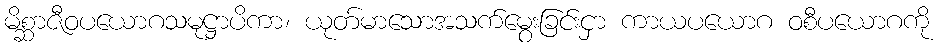
မိစ္ဆာဇီဝပယောဂသမုဋ္ဌာပိကာ၊ ယုတ်မာသောအသက်မွေးခြင်းငှာ ကာယပယောဂ ဝစီပယောဂကို